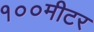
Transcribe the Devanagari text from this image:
१००मीटर